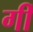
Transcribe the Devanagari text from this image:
गीं